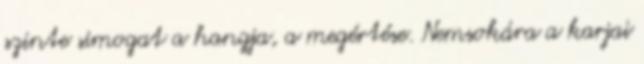
szinte simogat a hangja, a megértése. Nemsokára a karjai